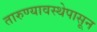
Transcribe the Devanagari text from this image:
तारुण्यावस्थेपासून